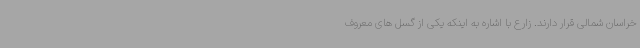
خراسان شمالی قرار دارند. زارع با اشاره به اینکه یکی از گسل های معروف